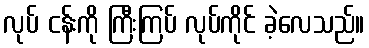
လုပ် ငန်းကို ကြီးကြပ် လုပ်ကိုင် ခဲ့လေသည်။